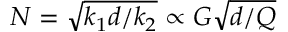
N = \sqrt { k _ { 1 } d / k _ { 2 } } \propto G \sqrt { d / Q }